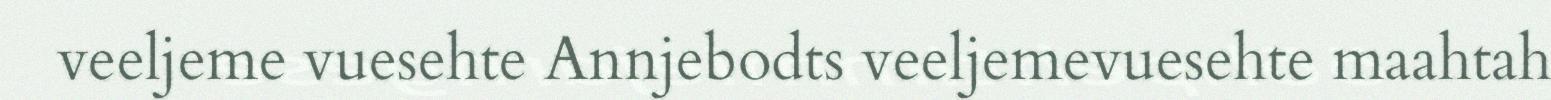
veeljeme vuesehte Annjebodts veeljemevuesehte maahtah